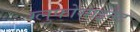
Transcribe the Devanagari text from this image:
ग्लुफोसाइनेट